Tezpur Lunatic Asylum reports 1895-1904 - 1895-1904
Year: 1895
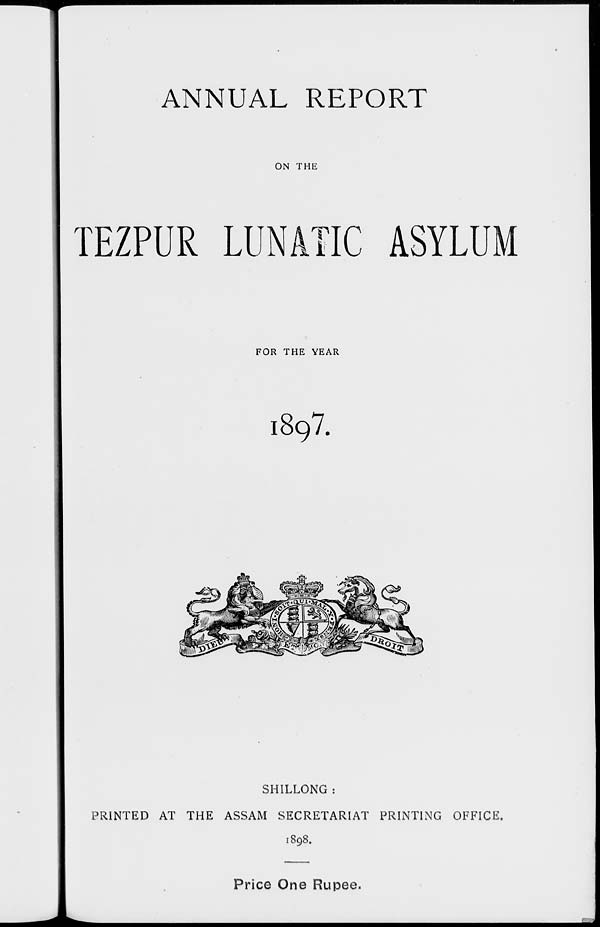
ANNUAL REPORT
ON THE
TEZPUR LUNATIC ASYLUM
FOR THE YEAR
1897.
SHILLONG :
PRINTED AT THE ASSAM SECRETARIAT PRINTING OFFICE.
1898.
Price One Rupee.